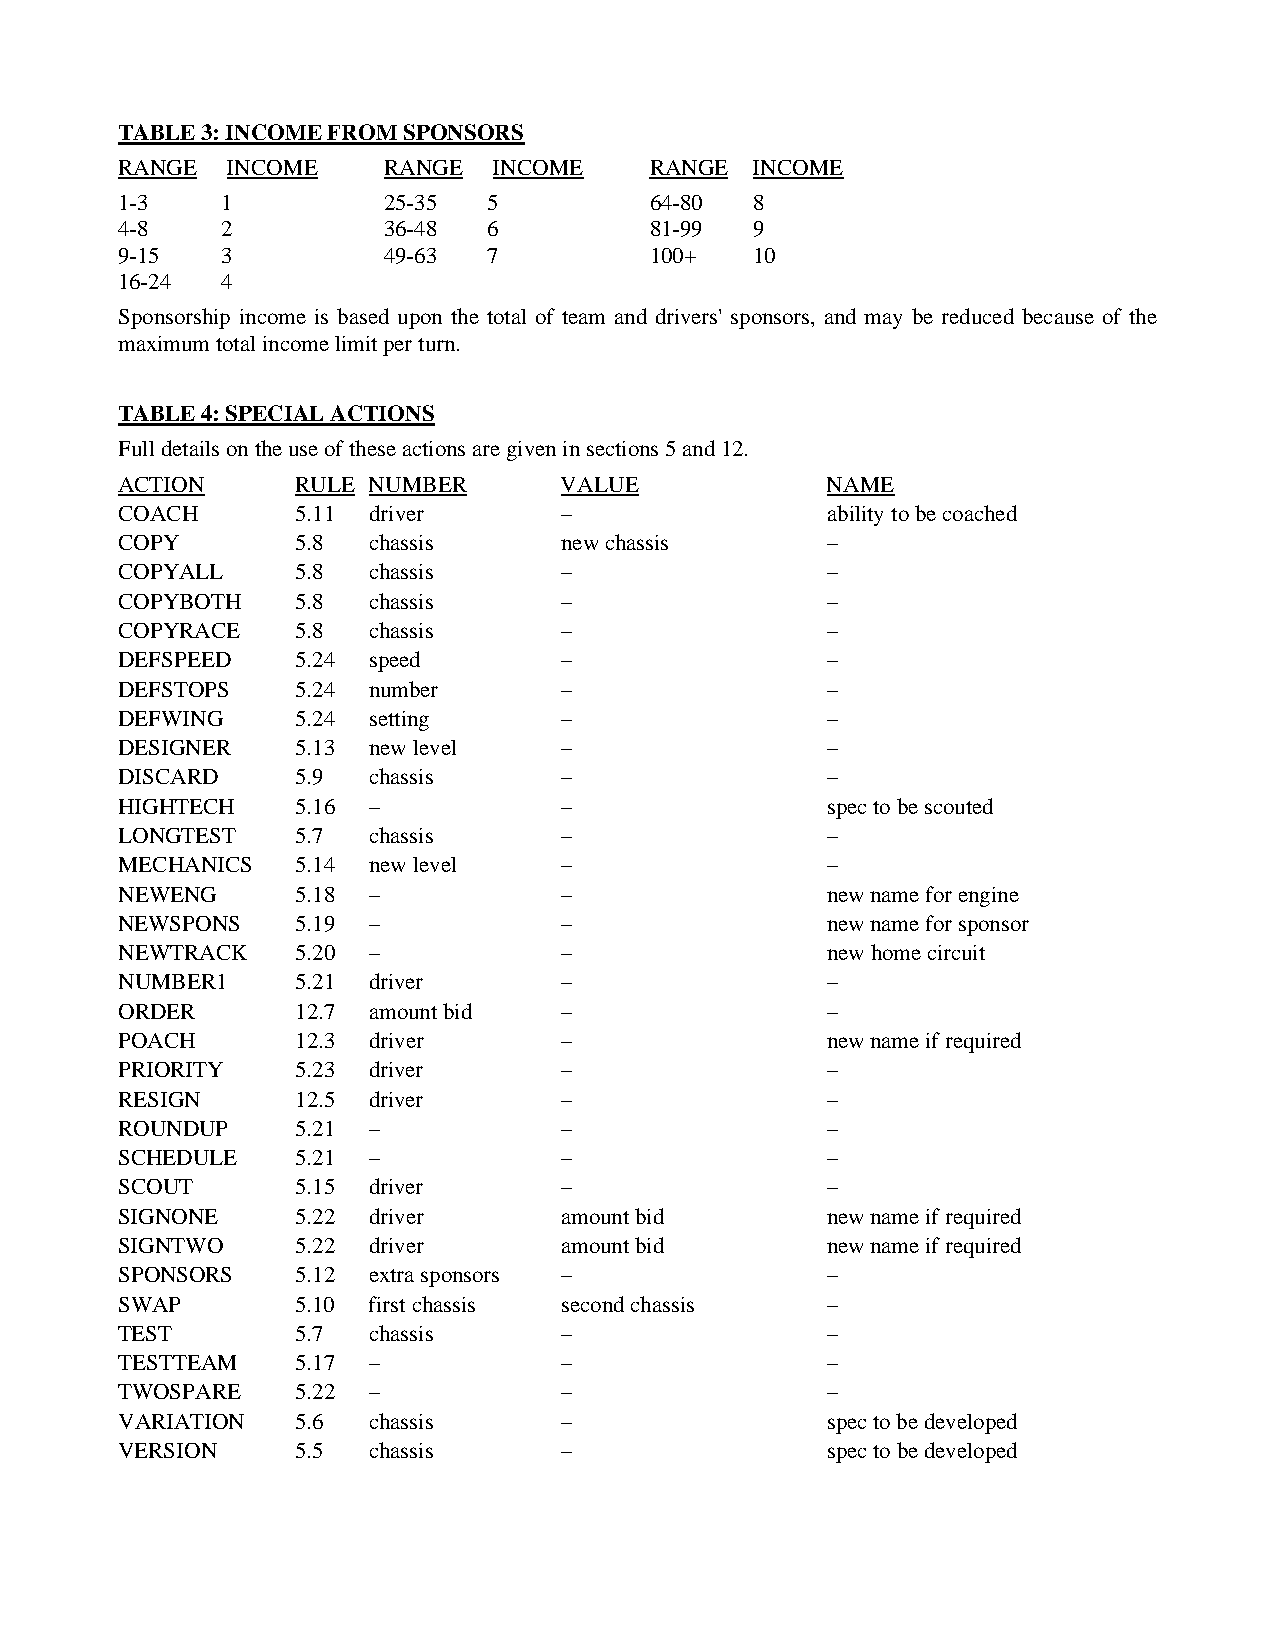
TABLE 3: INCOME FROM SPONSORS
 RANGE  INCOME    RANGE   INCOME    RANGE  INCOME
 1-3    1         25-35  5          64-80  8
 4-8    2         36-48  6          81-99  9
 9-15   3         49-63  7          100+   10
 16-24  4
 Sponsorship income is based upon the total of team and drivers' sponsors, and may be reduced because of the
 maximum total income limit per turn.
 TABLE 4: SPECIAL ACTIONS
 Full details on the use of these actions are given in sections 5 and 12.
 ACTION      RULE NUMBER      VALUE             NAME
 COACH       5.11 driver      –                 ability to be coached
 COPY        5.8 chassis      new chassis       –
 COPYALL     5.8 chassis      –                 –
 COPYBOTH    5.8 chassis      –                 –
 COPYRACE    5.8 chassis      –                 –
 DEFSPEED    5.24 speed       –                 –
 DEFSTOPS    5.24 number      –                 –
 DEFWING     5.24 setting     –                 –
 DESIGNER    5.13 new level   –                 –
 DISCARD     5.9 chassis      –                 –
 HIGHTECH    5.16 –           –                 spec to be scouted
 LONGTEST    5.7 chassis      –                 –
 MECHANICS   5.14 new level   –                 –
 NEWENG      5.18 –           –                 new name for engine
 NEWSPONS    5.19 –           –                 new name for sponsor
 NEWTRACK    5.20 –           –                 new home circuit
 NUMBER1     5.21 driver      –                 –
 ORDER       12.7 amount bid  –                 –
 POACH       12.3 driver      –                 new name if required
 PRIORITY    5.23 driver      –                 –
 RESIGN      12.5 driver      –                 –
 ROUNDUP     5.21 –           –                 –
 SCHEDULE    5.21 –           –                 –
 SCOUT       5.15 driver      –                 –
 SIGNONE     5.22 driver      amount bid        new name if required
 SIGNTWO     5.22 driver      amount bid        new name if required
 SPONSORS    5.12 extra sponsors –              –
 SWAP        5.10 first chassis second chassis  –
 TEST        5.7 chassis      –                 –
 TESTTEAM    5.17 –           –                 –
 TWOSPARE    5.22 –           –                 –
 VARIATION   5.6 chassis      –                 spec to be developed
 VERSION     5.5 chassis      –                 spec to be developed